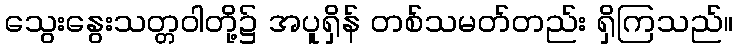
သွေးနွေးသတ္တဝါတို့၌ အပူရှိန် တစ်သမတ်တည်း ရှိကြသည်။